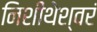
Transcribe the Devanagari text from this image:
निशीथेश्वरं